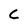
Character: C